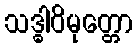
သဒ္ဓါဝိမုတ္တော